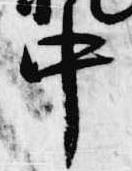
中